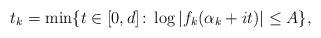
LaTeX: \begin{align*}t_k=\min \{ t\in [0,d]\colon \log |f_k(\alpha_k+it)|\leq A\},\end{align*}